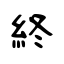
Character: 終